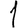
Digit: 1